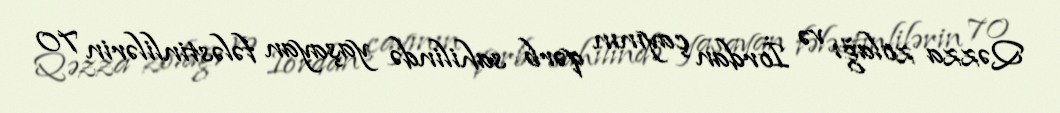
Qəzza zolağı və İordan çayının qərb sahilində yaşayan fələstinlilərin 70